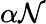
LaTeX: \alpha\mathcal{N}